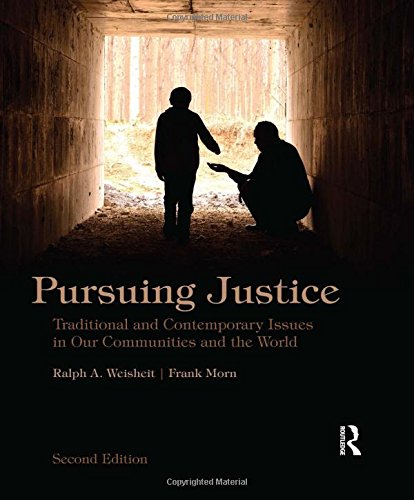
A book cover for Pursuing Justice: Traditional and Contemporary Issues in Our Communities and the World; Ralph A. Weisheit; Law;